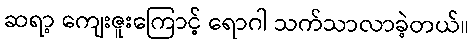
ဆရာ့ ကျေးဇူးကြောင့် ရောဂါ သက်သာလာခဲ့တယ်။